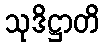
သုဒိဋ္ဌာတိ